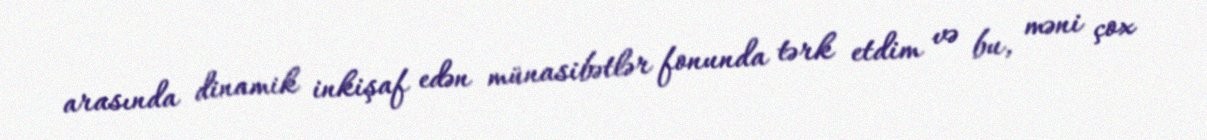
arasında dinamik inkişaf edən münasibətlər fonunda tərk etdim və bu, məni çox